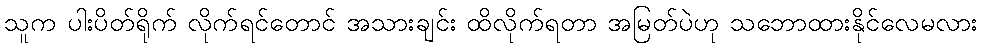
သူက ပါးပိတ်ရိုက် လိုက်ရင်တောင် အသားချင်း ထိလိုက်ရတာ အမြတ်ပဲဟု သဘောထားနိုင်လေမလား